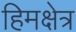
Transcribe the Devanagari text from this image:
हिमक्षेत्र